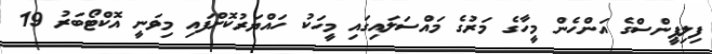
ފިލިޕީންސްގެ އަންހެން މީހާގެ މަރުގެ މައްސަލައިގައި މީހަކު ހައްޔަރުކޮށްފައި މިވަނީ އޮކްޓޯބަރު 19